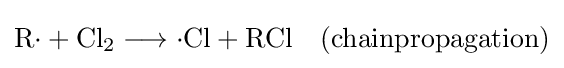
\mathrm {R{\cdot }+Cl_{2}\longrightarrow {\cdot }Cl+RCl\quad (chainpropagation)}